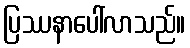
ပြဿနာပေါ်လာသည်။